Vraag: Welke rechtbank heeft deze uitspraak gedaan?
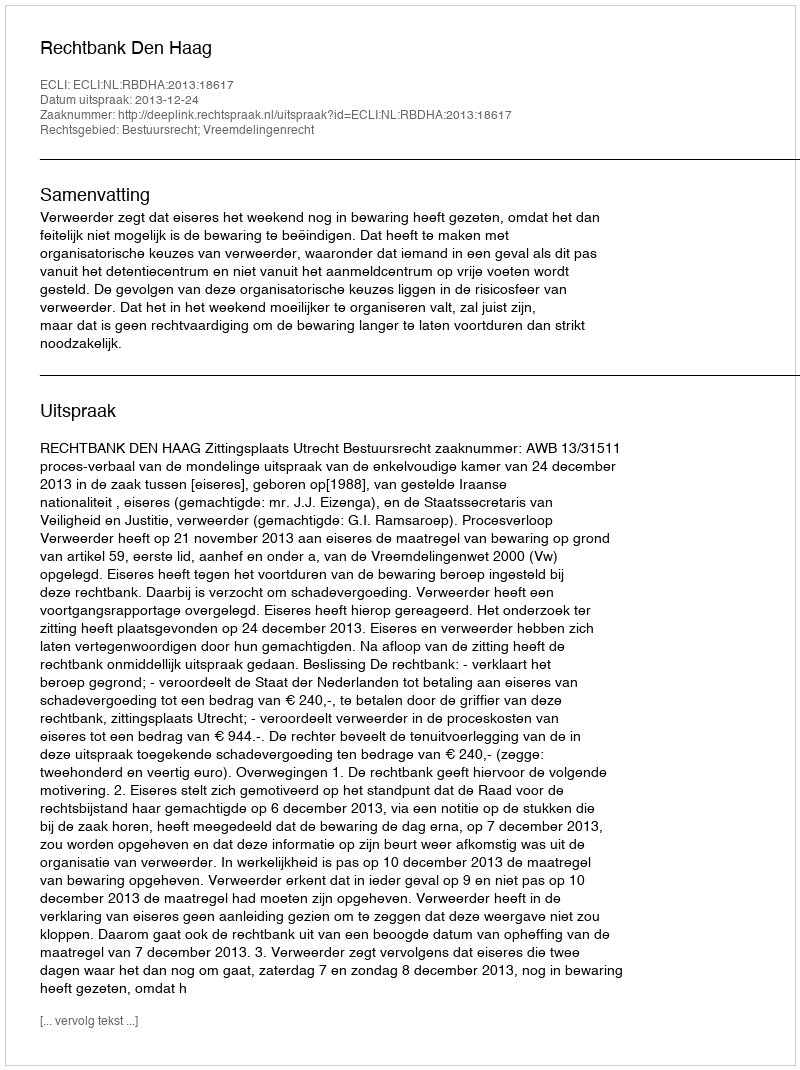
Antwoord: Rechtbank Den Haag